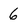
Character: 6